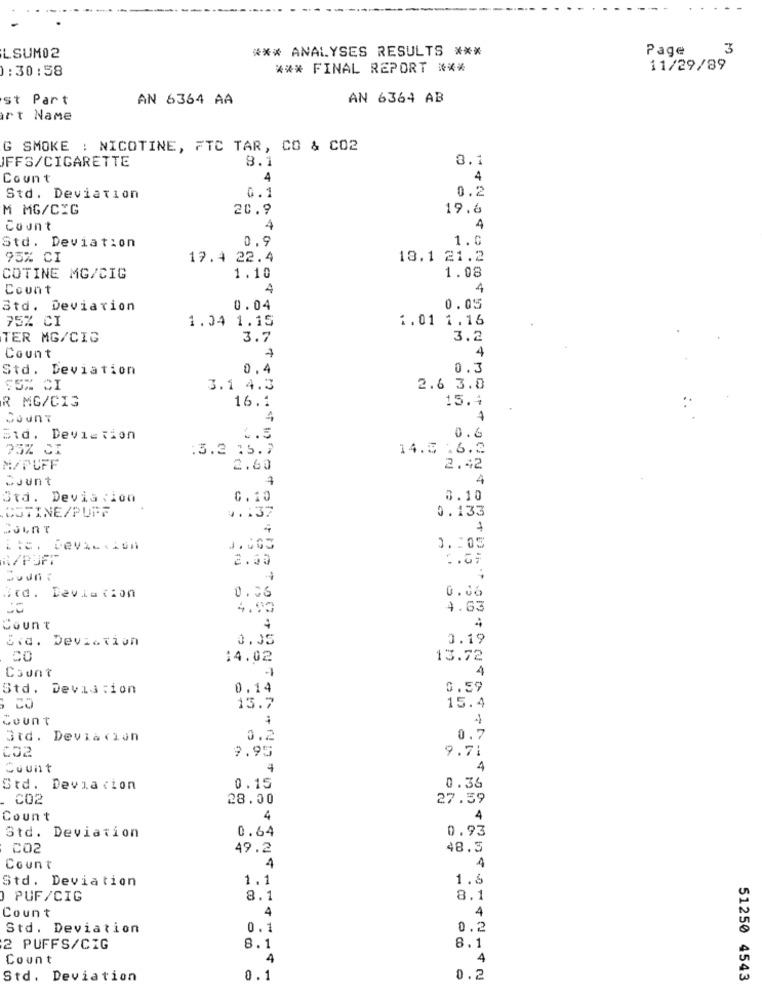
*** ANALYSES RESULTS ***
Page
3
LSUM02
1:30:58
*** FINAL REPORT ***
11/29/89
st Part
AN 6364 AA
AN 6364 AB
rt Name
G SMOKE : NICOTINE, FTC TAR, CO & CO2
IFFS/CIGARETTE
8.1
8.1
Count
4
4
0.1
0.2
Std. Deviation
M MG/CIG
20.9
19.6
Count
4
4
0.9
1.0
Std. Deviation
95% CI
19.4 22.4
13.1 21.2
COTINE MG/CIG
1.10
1.08
Count
4
4
Std. Deviation
0.04
0.05
75% CI
1.04 1.15
1.01 1.16
TER MG/CIG
3.7
3.2
Count
4
Std. Deviation
0.4
0.3
S5% CI
3.1 4.3
2.6 3.8
R MG/CIG
16.1
15.4
Mount
4
4
sid. Deviation
L.5
0.6
75% CI
:3.2 15.7
14.5 .6.2
M/PUFF
2.60
2.42
SJunt
4
Std. Deviation
0.10
0.10
COTINE/PUPF
0.133
4 .: 37
1 .: 05
R/PUFT
2.00
12
itd. Devia tion
0.36
0.06
4.93
4.63
Count
4
Sia. Deviation
0.05
0.19
14.02
13.72
Count
4
Std. Devia:ion
0.14
0.59
13.7
15.4
Count
3td. Devia cion
0.2
0.7
052
9.95
9.71
Count
4
4
Std. Devia cion
0.15
0.36
CO2
28.00
27.59
Count
4
4
0.64
0.93
Std. Deviation
CO2
49.2
48.3
Count
4
4
Std. Deviation
1.1
1.6
PUF/CIG
8.1
8.1
Count
4
4
Std. Deviation
0.1
0.2
2 PUFFS/CIG
8.1
8.1
Count
4
4
Std. Deviation
0.1
0.2
51250 4543